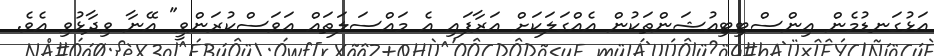
އަޅުގަނޑުމެން އިންސްޓިޓިއުޝަންތަކުން އެއްގަލަކަށް އަރާފައި އެ މައްސަލަތައް އަވަސްކުރަންވީ" އޭނާ ވިދާޅުވި އެވެ.